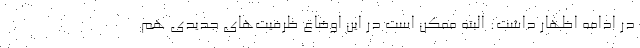
در ادامه اظهار داشت: البته ممکن است در این اوضاع ظرفیت‌های جدیدی هم